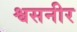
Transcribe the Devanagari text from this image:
श्वसनीर